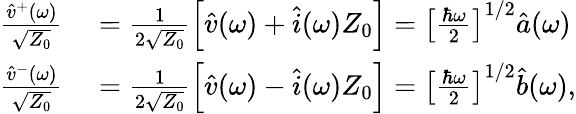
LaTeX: \begin{array}{rl}{\frac{\hat{v}^{+}(\omega)}{\sqrt{Z_{0}}}}&{{}=\frac{1}{2\sqrt{Z_{0}}}\left[\hat{v}(\omega)+\hat{i}(\omega)Z_{0}\right]=\left[\frac{\hbar\omega}{2}\right]^{1/2}\hat{a}(\omega)}\\ {\frac{\hat{v}^{-}(\omega)}{\sqrt{Z_{0}}}}&{{}=\frac{1}{2\sqrt{Z_{0}}}\left[\hat{v}(\omega)-\hat{i}(\omega)Z_{0}\right]=\left[\frac{\hbar\omega}{2}\right]^{1/2}\hat{b}(\omega),}\end{array}